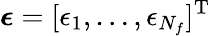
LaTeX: \boldsymbol{\epsilon}=[\epsilon_{1},\dots,\epsilon_{N_{f}}]^{\textrm{T}}